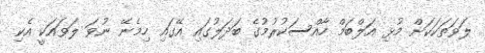
ލަވަތަކަކަށް މުޅި އަލްބަމް ހާއްސަކުރުމުގެ ބަދަލުގައި އޭގައި ހިމެނޭ ނުވަ ލަވައަކީ އެކި